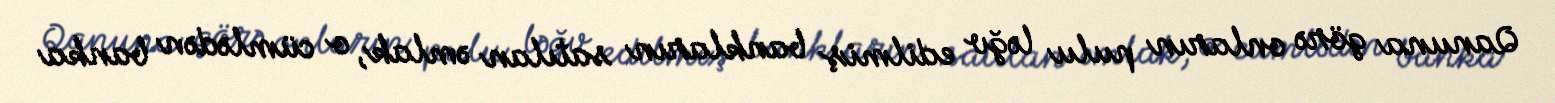
Qanuna görə onların pulu ləğv edilmiş bankların satılan əmlak, o cümlədən banka